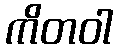
ကိတဝါ